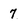
Character: 7